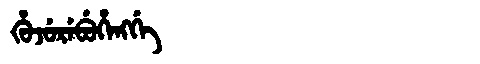
Manchu: ᡥᡠᠵᡠᡵᡝᠪᡠᡥᡝᠩᡤᡝ
Romanization: HUJUREBUHENGGE